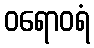
ဝရောဝရံ